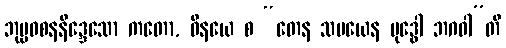
ဘုမ္မဝစနနိဒ္ဒေသော ကတော, ဝိနယေ စ “တေန သမယေန ဗုဒ္ဓေါ ဘဂဝါ”တိ